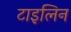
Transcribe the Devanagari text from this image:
टाइलिन